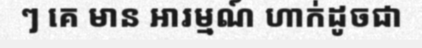
ៗ គេ មាន អារម្មណ៍ ហាក់ដូចជា